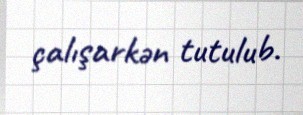
çalışarkən tutulub.